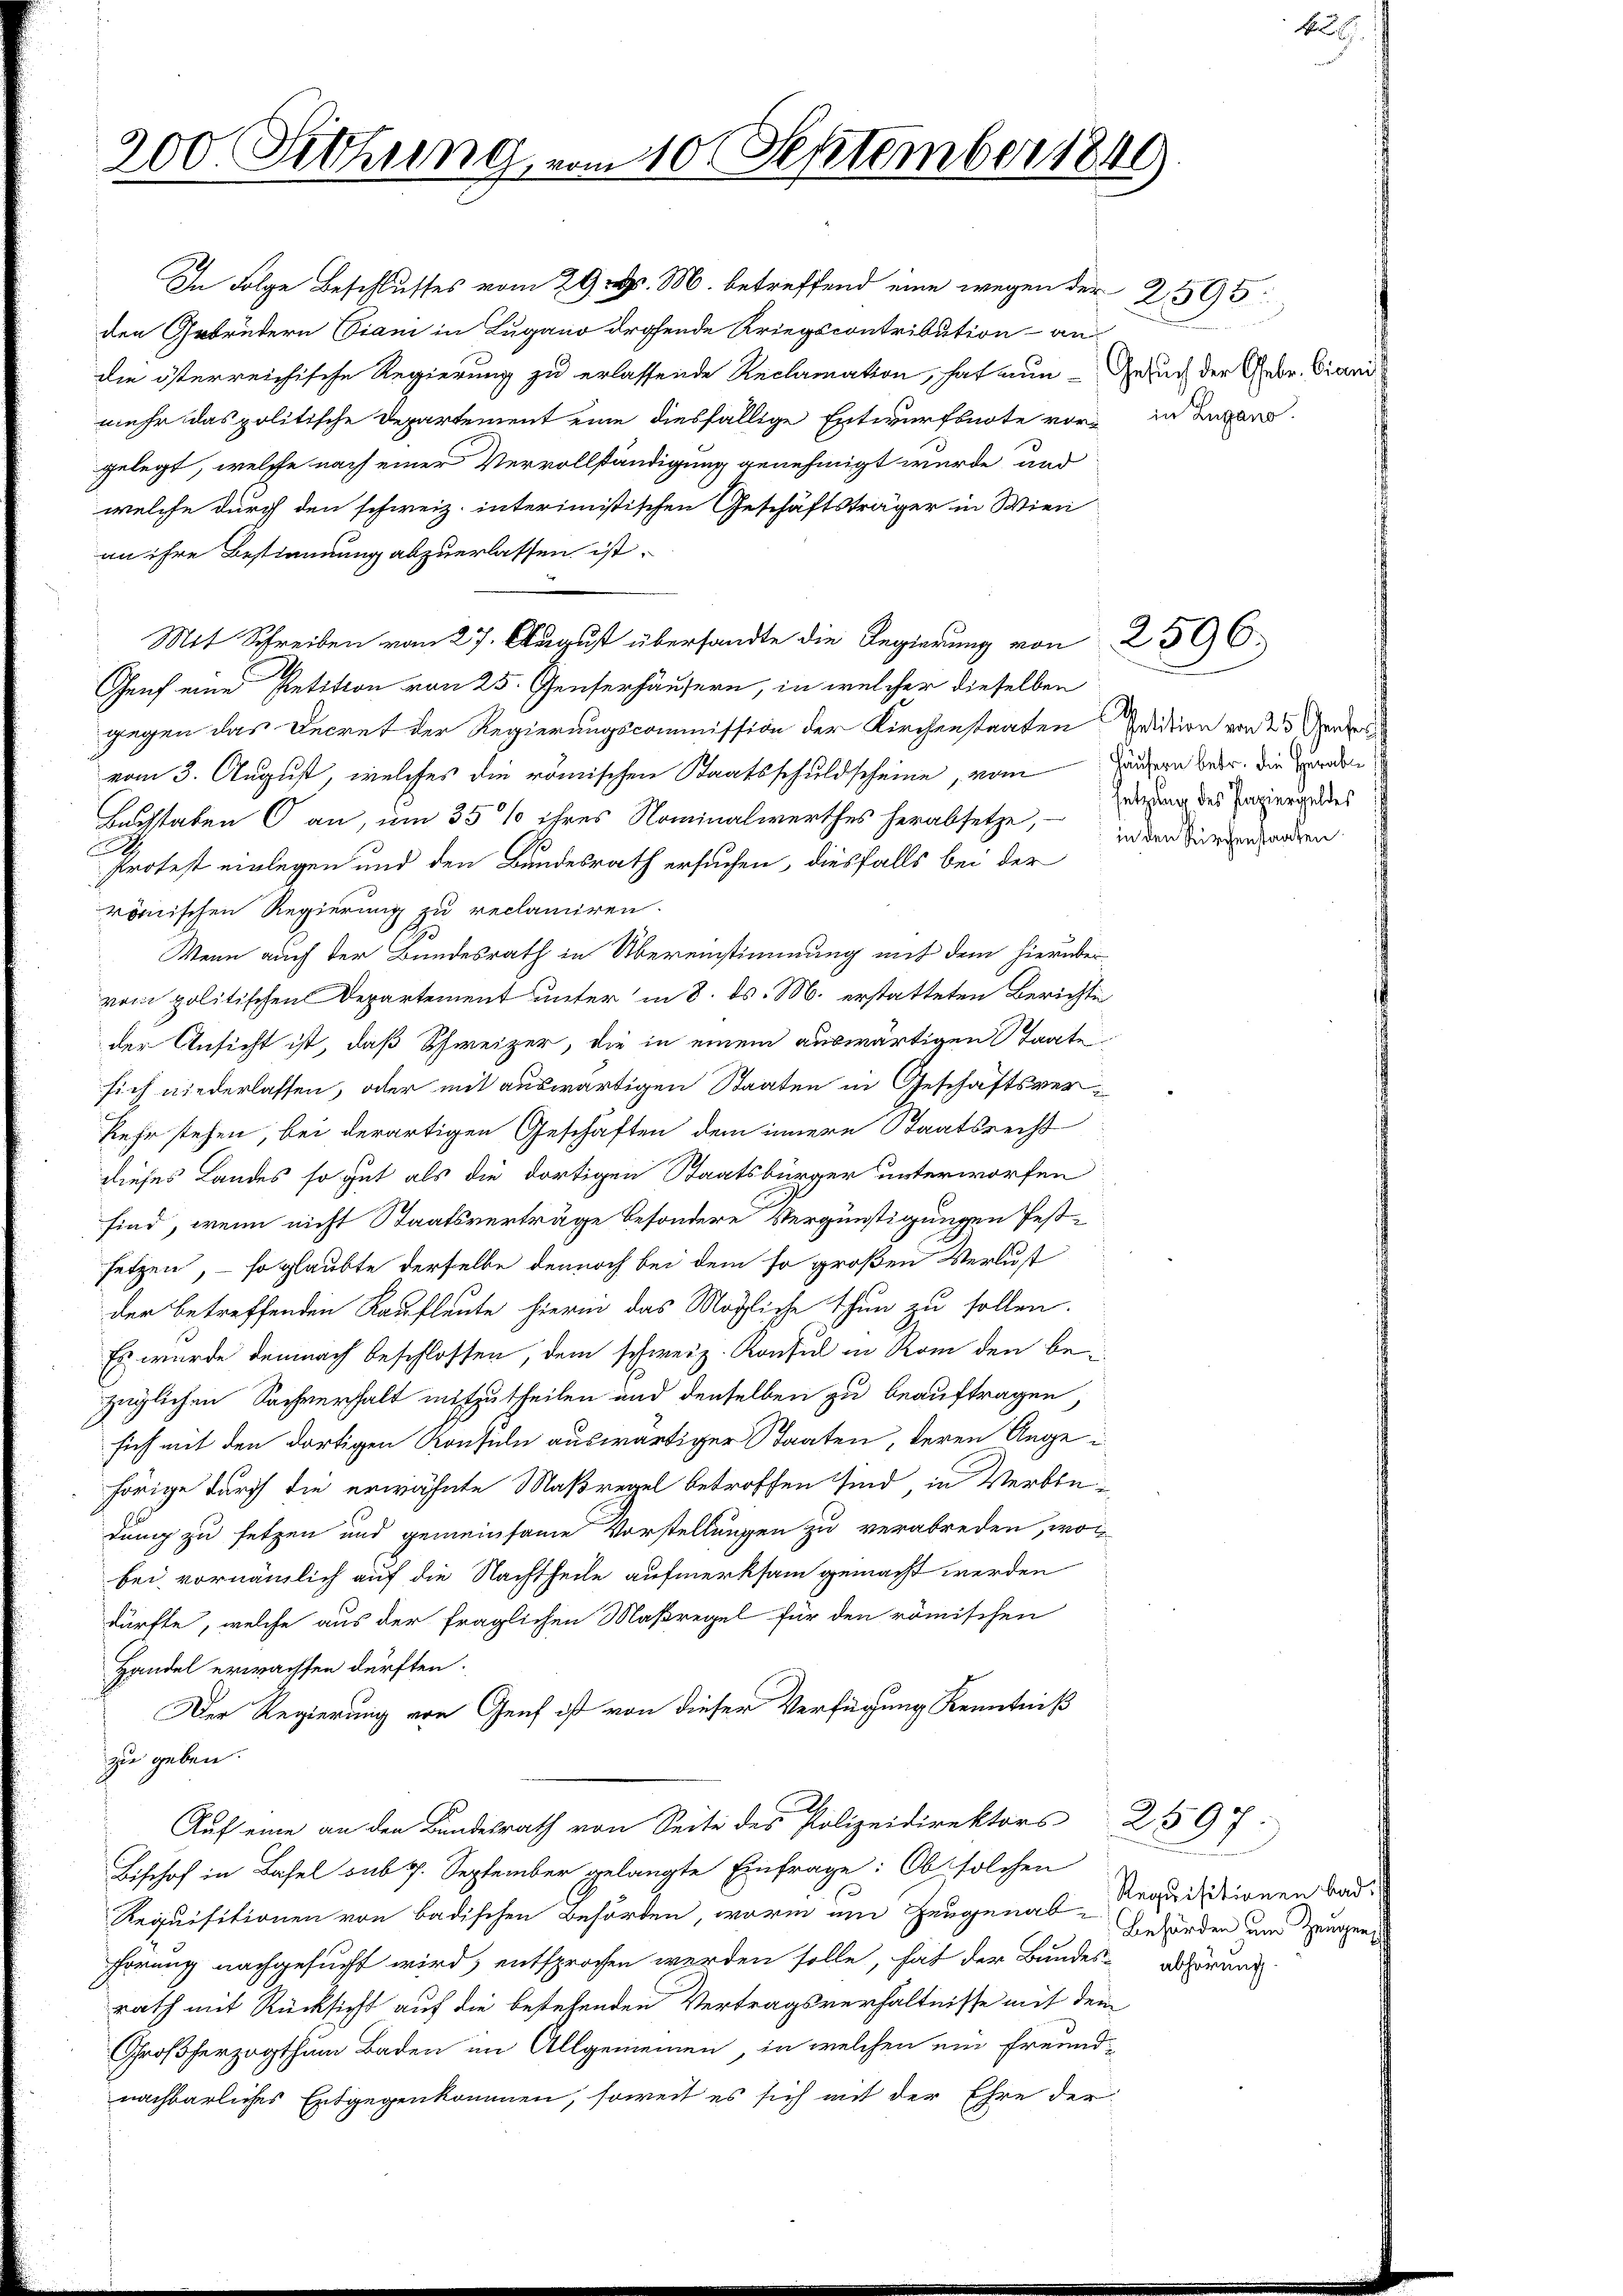
200. Sitzung vom 10. September 1849

In Folge Beschlusses vom 29. d. M. betreffend eine wegen der 2595
den Gebrüdern Viani in Lugano drohende Kriegscontribution an
die österreichische Regierung zu erlassende Reclamation, hat nun - Gesuch der Gebr. Grani
mehr das politische Departement eine diesfällige Entwurfsnote vor in daran
gelegt, welche nach einer Vervollständigung genehmigt wurde, und
welche durch den schweiz. interimistischen Geschäftsträger in Wien
an ihre Bestimmung abzuerlassen ist.
Mit Schreiben vom 27. August übersandte die Regierung von 2596
Genf eine Petition von 25. Jenserhäusern, in welcher dieselben
gegen das Decret der Regierungscommission der Kirchenstaaten Quition von 25 ente
vom 3. August, welches die römischen Staatsschuldscheine, vom Häusern betr. die Baden
Baschtaben 6 an, um 35 % ihres Nominalwerthes herabsetze, in der direndanten
Protest einlegen und den Bundesrath ersuchen, diesfalls bei der
römischen Regierung zu reclamiren.
Wenn auch der Bundesrath in Übereinstimmung mit dem hierüber
vom politischen Departement unter in 8. ds. M. erstatteten Berichte
der Ansicht ist, daß Schweizer, die in einem auswärtigen Staate
sich niederlassen, oder mit auswärtigen Staaten in Geschäftsverkehr stehen, bei derartigen Geschäften dem innere Staatsrecht
dieses Landes so gut als die dortigen Staatsbürger unterworfen
sind, wenn nicht Staatsverträge besondere Vergünstigungen festsetzen, – so glaubte derselbe dennoch bei dem so großen Verlust
der betreffenden Kaufleute hierin das Mögliche thun zu sollen.
Es wurde demnach beschlossen, dem schweiz. Konsul in Rom den be
züglichen Sachverhalt mitzutheilen und denselben zu beauftragen,
sich mit den dortigen Konside auswärtiger Staaten, deren Auge i
hörige durch die erwähnte Maßregel betroffen sind, in Verbredung zu setzen und gemeinsame Vorstellungen zu verabreden, wo
bei vornämlich auf die Nachtheile aufmerksam gemacht werden
dürfte, welche aus der fraglichen Maßregel für den römischen
Handel erwachsen dürften.
Der Regierung von Genf ist von dieser Verfügung Kenntniß
zu geben.
Auf eine an den Bundesrath von Seite des Polizeidirektors 2597
Bischof in Basel sub 7. September gelangte Einfrage: Ob solchen
Requisitionen von badischen Behörten, worin um Zeugenab-Gehörden um Zeugen
hörung nachgesucht wird, entsprochen werden solle, hat der Bundes-Behörung
rath mit Rücksicht auf die bestehenden Vertragsverhältnisse mit dem
Großherzogthum Baden im Allgemeinen, in welchen ein Freund-
nachbarliches Entgegenkommen, soweit es sich mit der Ehre der

A

setzung des Papiergeldes

Requisitionen bad.